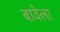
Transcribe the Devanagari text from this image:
बावेला